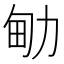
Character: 𠡪